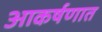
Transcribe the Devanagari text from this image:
आकर्षणात